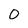
Character: 0